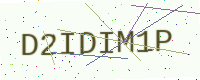
Text: D2IDIM1P